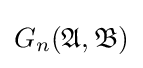
G_{n}({\mathfrak {A}},{\mathfrak {B}})